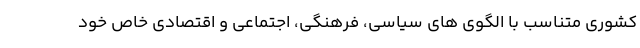
کشوری متناسب با الگوی های سیاسی، فرهنگی، اجتماعی و اقتصادی خاص خود